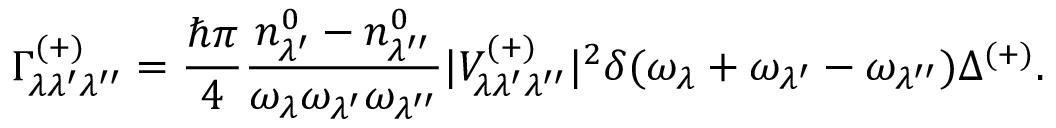
\Gamma _ { \lambda \lambda ^ { \prime } \lambda ^ { \prime \prime } } ^ { ( + ) } = \frac { \hbar \pi } { 4 } \frac { n _ { \lambda ^ { \prime } } ^ { 0 } - n _ { \lambda ^ { \prime \prime } } ^ { 0 } } { \omega _ { \lambda } \omega _ { \lambda ^ { \prime } } \omega _ { \lambda ^ { \prime \prime } } } \vert V _ { \lambda \lambda ^ { \prime } \lambda ^ { \prime \prime } } ^ { ( + ) } \vert ^ { 2 } \delta ( \omega _ { \lambda } + \omega _ { \lambda ^ { \prime } } - \omega _ { \lambda ^ { \prime \prime } } ) \Delta ^ { ( + ) } .